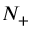
N _ { + }